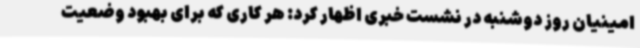
امینیان روز دوشنبه در نشست خبری اظهار کرد: هر کاری که برای بهبود وضعیت